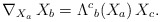
\begin{align*}\nabla_{{X_a}} \,X_b=\Lambda^c{}_b (X_a)\, X_c .\end{align*}